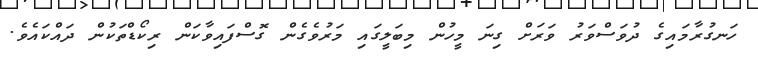
ހަނގުރާމައިގެ ދުވަސްވަރު ވަރަށް ގިނަ މީހުން މިބަލީގައި މަރުވެގެން ގޮސްފައިވާކަން ރިކޯޑްތަކުން ދައްކައެވެ.